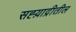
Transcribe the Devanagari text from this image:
सह्य़ाद्रीतील